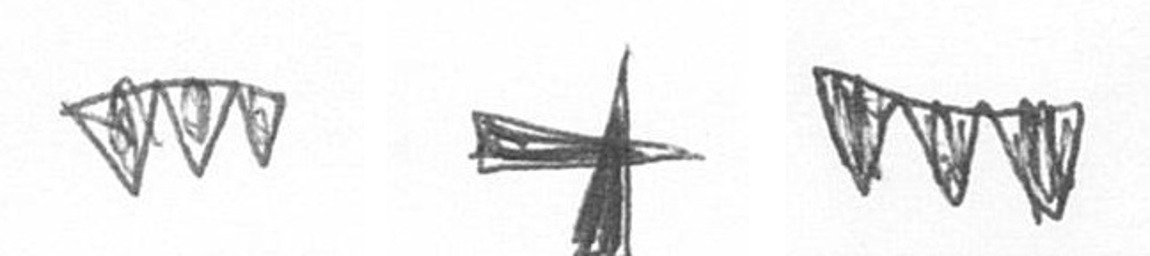
L G L